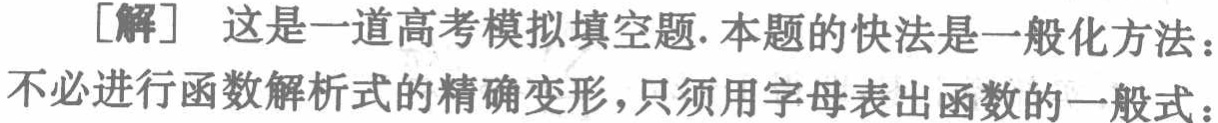
[解] 这是一道高考模拟填空题.本题的快法是一般化方法：不必进行函数解析式的精确变形，只须用字母表出函数的一般式：